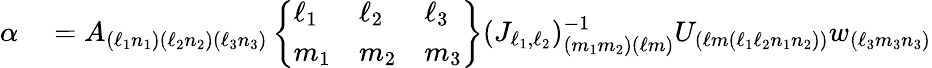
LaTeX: \begin{array}{rl}{\alpha}&{{}=A_{(\ell_{1}n_{1})(\ell_{2}n_{2})(\ell_{3}n_{3})}\left\{ \begin{array}{lll}{\ell_{1}}&{\ell_{2}}&{\ell_{3}}\\ {m_{1}}&{m_{2}}&{m_{3}}\end{array}\right\} (J_{\ell_{1},\ell_{2}})_{(m_{1}m_{2})(\ell m)}^{-1}U_{(\ell m(\ell_{1}\ell_{2}n_{1}n_{2}))}w_{(\ell_{3}m_{3}n_{3})}}\end{array}